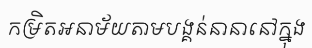
កម្រិតអនាម័យតាមបង្គន់នានានៅក្នុង